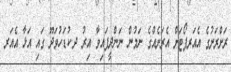
ރަށްރަށުގެ އެއަރޕޯޓަށް އެރަށެއްގެ ނަމުން ނަންދީފައިވާ އިރު ދ.ކުޑަހުވަދޫ ގައި އަޅާ އެއަރ